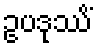
ဥပဒုဿိံ